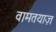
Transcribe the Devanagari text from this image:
वामतयाज़